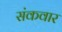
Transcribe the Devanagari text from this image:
संकवार